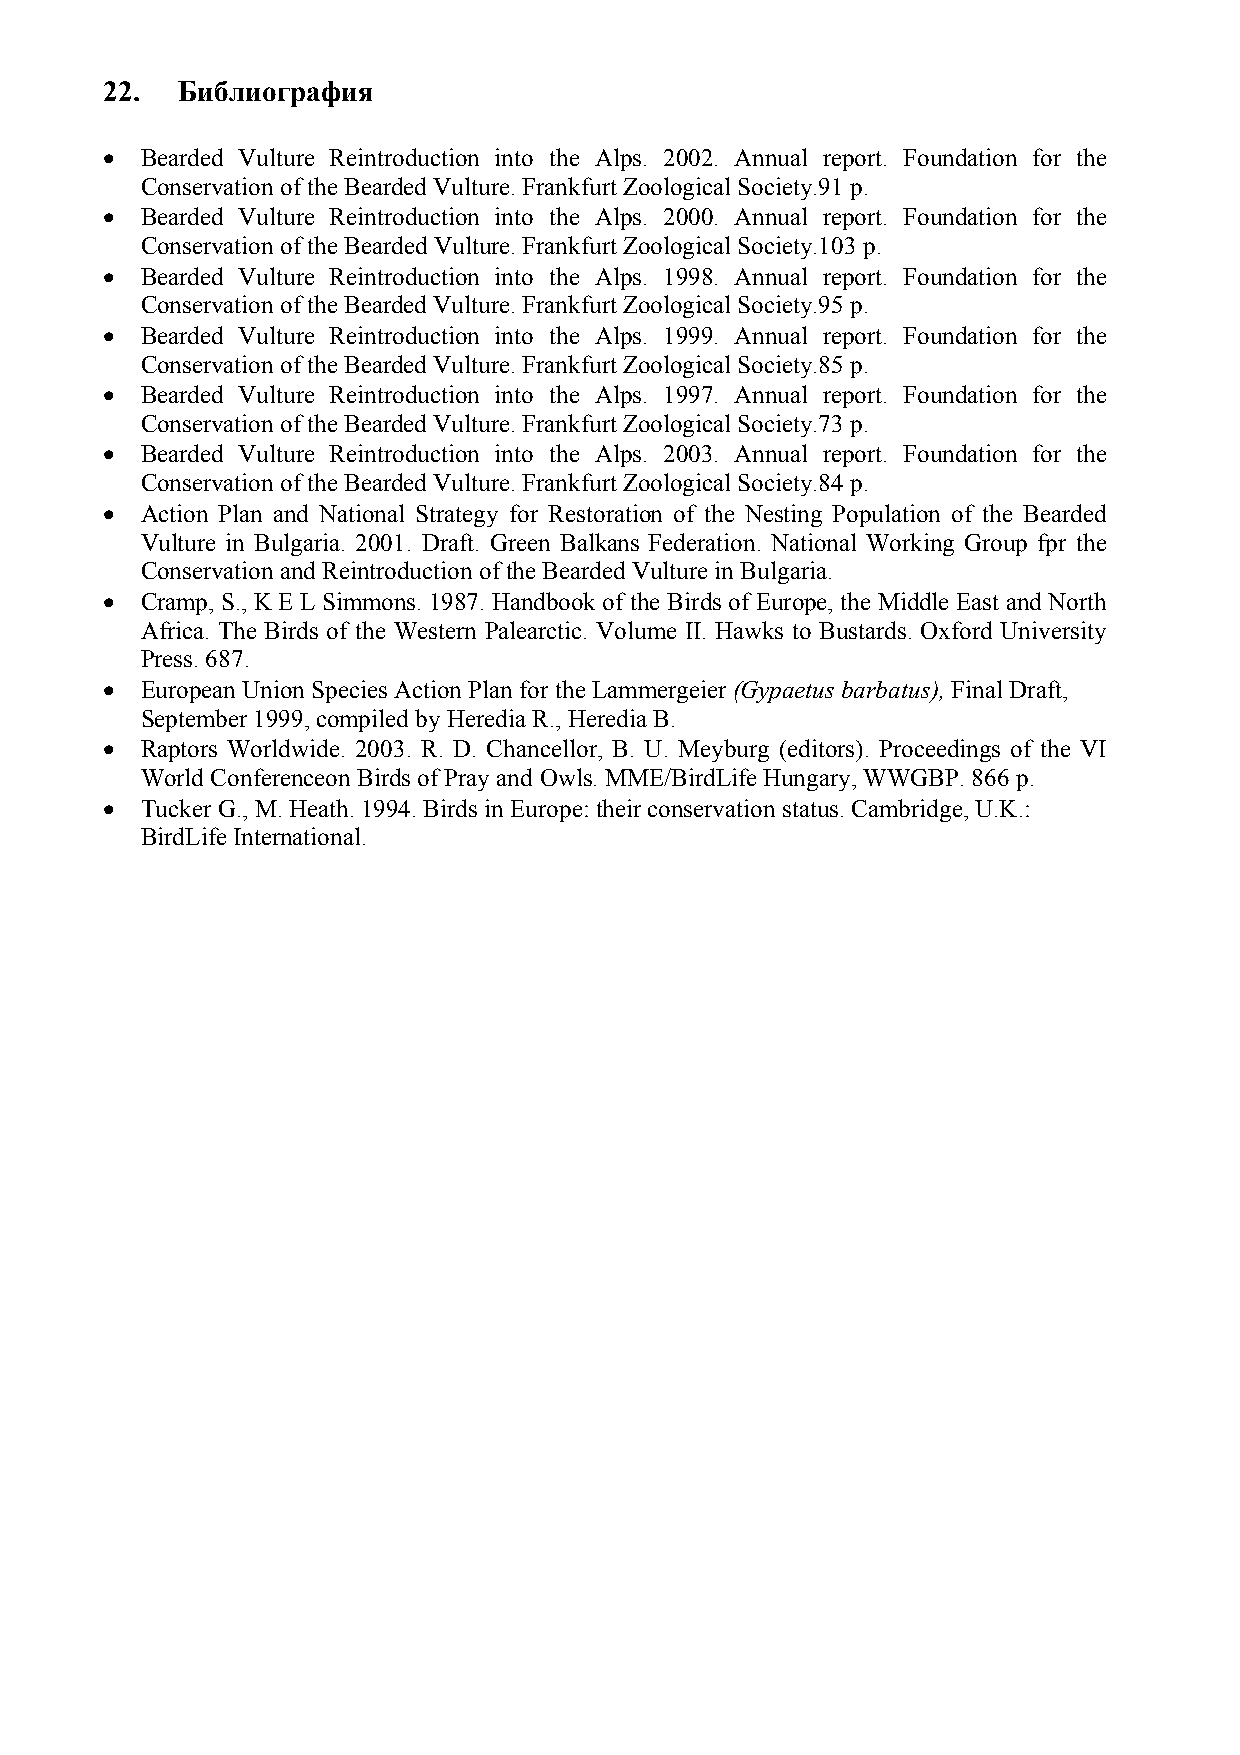
22.  Библиография
 • Bearded Vulture Reintroduction into the Alps. 2002. Annual report. Foundation for the
 Conservation of the Bearded Vulture. Frankfurt Zoological Society.91 p.
 • Bearded Vulture Reintroduction into the Alps. 2000. Annual report. Foundation for the
 Conservation of the Bearded Vulture. Frankfurt Zoological Society.103 p.
 • Bearded Vulture Reintroduction into the Alps. 1998. Annual report. Foundation for the
 Conservation of the Bearded Vulture. Frankfurt Zoological Society.95 p.
 • Bearded Vulture Reintroduction into the Alps. 1999. Annual report. Foundation for the
 Conservation of the Bearded Vulture. Frankfurt Zoological Society.85 p.
 • Bearded Vulture Reintroduction into the Alps. 1997. Annual report. Foundation for the
 Conservation of the Bearded Vulture. Frankfurt Zoological Society.73 p.
 • Bearded Vulture Reintroduction into the Alps. 2003. Annual report. Foundation for the
 Conservation of the Bearded Vulture. Frankfurt Zoological Society.84 p.
 • Action Plan and National Strategy for Restoration of the Nesting Population of the Bearded
 Vulture in Bulgaria. 2001. Draft. Green Balkans Federation. National Working Group fpr the
 Conservation and Reintroduction of the Bearded Vulture in Bulgaria.
 • Cramp, S., K E L Simmons. 1987. Handbook of the Birds of Europe, the Middle East and North
 Africa. The Birds of the Western Palearctic. Volume II. Hawks to Bustards. Oxford University
 Press. 687.
 • European Union Species Action Plan for the Lammergeier (Gypaetus barbatus), Final Draft,
 September 1999, compiled by Heredia R., Heredia B.
 • Raptors Worldwide. 2003. R. D. Chancellor, B. U. Meyburg (editors). Proceedings of the VI
 World Conferenceon Birds of Pray and Owls. MME/BirdLife Hungary, WWGBP. 866 p.
 • Tucker G., M. Heath. 1994. Birds in Europe: their conservation status. Cambridge, U.K.:
 BirdLife International.